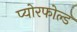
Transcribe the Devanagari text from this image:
प्योरफोल्ड